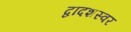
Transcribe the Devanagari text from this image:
द्वादशस्वर